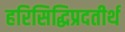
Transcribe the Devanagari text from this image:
हरिसिद्धिप्रदतीर्थ